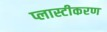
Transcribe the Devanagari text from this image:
प्लास्टीकरण